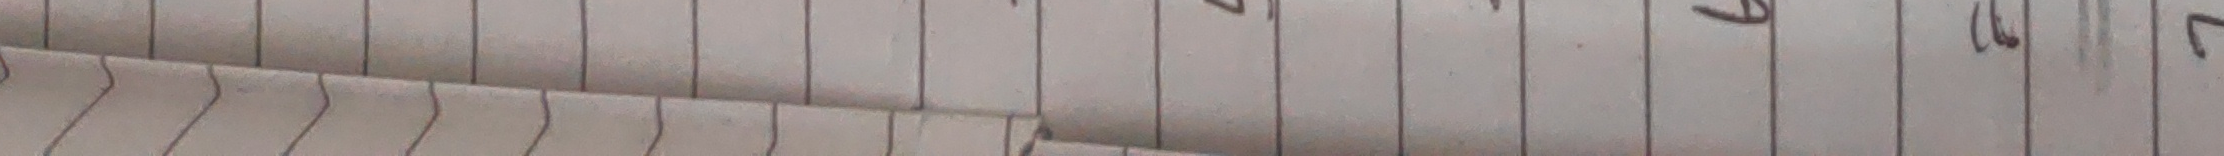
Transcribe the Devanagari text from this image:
१७